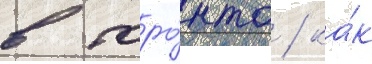
в торо́нто / ка́к